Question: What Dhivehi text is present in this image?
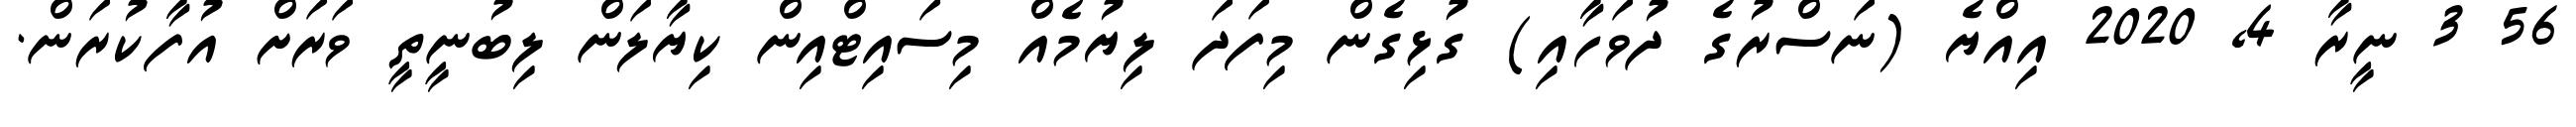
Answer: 56 3 ނީރާ 4, 2020 އިއްޔެ (ނަސްރުގެ ދުވަހާއި) ގުޅިގެން މިފަދަ ލިޔުމެއް މިސައިޓްއިން ކިޔާލަން ލިބުނީތީ ވަރަށް އުފާކުރަން.